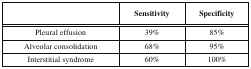
<table><thead><tr><td></td><td><b>Sensitivity</b></td><td><b>Specificity</b></td></tr></thead><tbody><tr><td>Pleural effusion</td><td>39%</td><td>85%</td></tr><tr><td>Alveolar consolidation</td><td>68%</td><td>95%</td></tr><tr><td>Interstitial syndrome</td><td>60%</td><td>100%</td></tr></tbody></table>